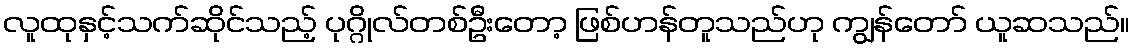
လူထုနှင့်သက်ဆိုင်သည့် ပုဂ္ဂိုလ်တစ်ဦးတော့ ဖြစ်ဟန်တူသည်ဟု ကျွန်တော် ယူဆသည်။